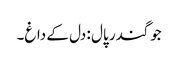
جوگندر پال : دل کے داغ۔